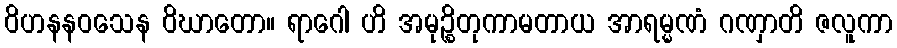
ဝိဟနနဝသေန ဝိဃာတော။ ရာဂေါ ဟိ အမုဉ္စိတုကာမတာယ အာရမ္မဏံ ဂဏှာတိ ဇလူကာ